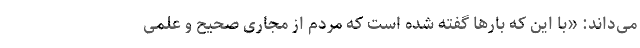
می‌داند: «با این که بارها گفته شده است که مردم از مجاری صحیح و علمی